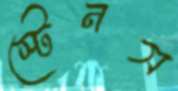
স্টেনস